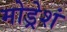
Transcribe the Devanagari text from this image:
मोड्रेशं